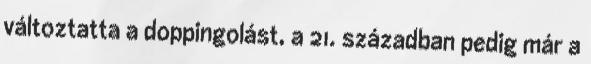
változtatta a doppingolást, a 21. században pedig már a